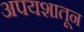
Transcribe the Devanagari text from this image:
अपयशातून